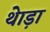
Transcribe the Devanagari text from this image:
थेाड़ा